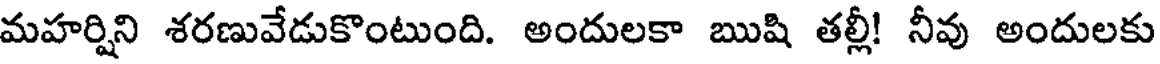
మహర్షిని శరణువేడుకొంటుంది. అందులకా ఋషి తల్లీ! నీవు అందులకు